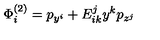
\Phi _ { i } ^ { \left( 2 \right) } = p _ { y ^ { i } } + E _ { i k } ^ { j } y ^ { k } p _ { z ^ { j } }